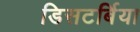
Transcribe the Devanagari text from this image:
डिसटर्बिया